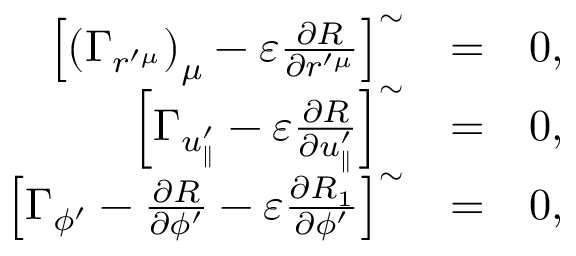
\begin{array} { r l r } { \left[ \left( \Gamma _ { r ^ { \prime \mu } } \right) _ { \mu } - \varepsilon \frac { \partial R } { \partial r ^ { \prime \mu } } \right] ^ { \sim } } & { = } & { 0 , } \\ { \left[ \Gamma _ { u _ { \parallel } ^ { \prime } } - \varepsilon \frac { \partial R } { \partial u _ { \parallel } ^ { \prime } } \right] ^ { \sim } } & { = } & { 0 , } \\ { \left[ \Gamma _ { \phi ^ { \prime } } - \frac { \partial R } { \partial \phi ^ { \prime } } - \varepsilon \frac { \partial R _ { 1 } } { \partial \phi ^ { \prime } } \right] ^ { \sim } } & { = } & { 0 , } \end{array}